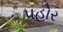
પહોર